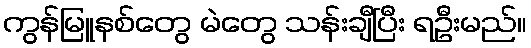
ကွန်မြူနစ်တွေ မဲတွေ သန်းချီပြီး ရဦးမည်။